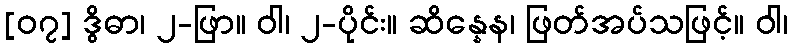
[၀၇] ဒွိဓာ၊ ၂-ဖြာ။ ဝါ၊ ၂-ပိုင်း။ ဆိန္နေန၊ ဖြတ်အပ်သဖြင့်။ ဝါ၊